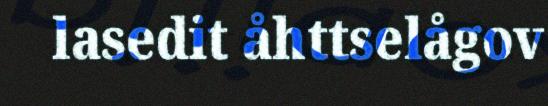
lasedit åhttselågov